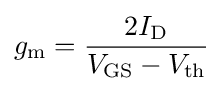
g_{\text{m}}={\frac {2I_{\text{D}}}{V_{\text{GS}}-V_{\text{th}}}}